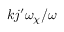
k j ^ { \prime } \omega _ { \chi } / \omega